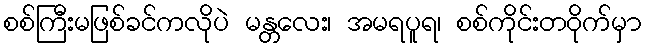
စစ်ကြီးမဖြစ်ခင်ကလိုပဲ မန္တလေး၊ အမရပူရ၊ စစ်ကိုင်းတဝိုက်မှာ